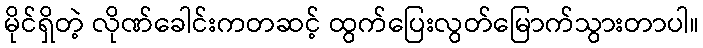
မိုင်ရှိတဲ့ လိုဏ်ခေါင်းကတဆင့် ထွက်ပြေးလွတ်မြောက်သွားတာပါ။